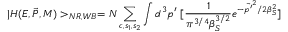
| H ( E , \vec { P } , M ) > _ { N R , W B } = N \sum _ { c , s _ { 1 } , s _ { 2 } } \int d ^ { 3 } p ^ { \prime } \ [ \frac { 1 } { \pi ^ { 3 / 4 } \beta _ { S } ^ { 3 / 2 } } e ^ { - \vec { p ^ { \prime } } ^ { 2 } / 2 \beta _ { S } ^ { 2 } } ]